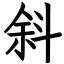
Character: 斜